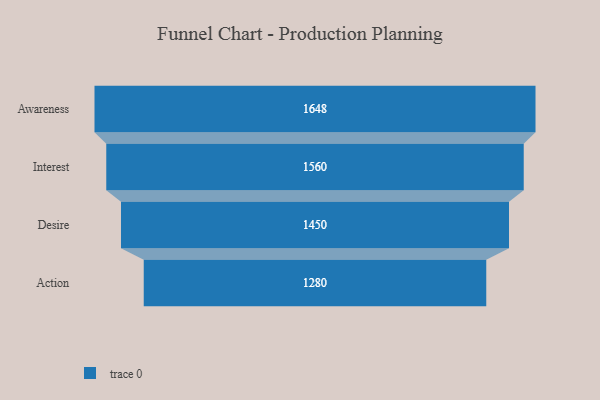
{"axis": {"x": "Stage", "y": "Value"}, "legend": [""], "data": [{"x": "Awareness", "y": 1648.0, "type": ""}, {"x": "Interest", "y": 1560.0, "type": ""}, {"x": "Desire", "y": 1450.0, "type": ""}, {"x": "Action", "y": 1280.0, "type": ""}]}